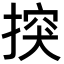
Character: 揬